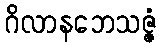
ဂိလာနဘေသဇ္ဇံ